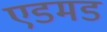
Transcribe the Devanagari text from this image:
एडमड